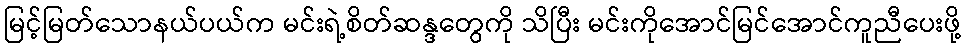
မြင့်မြတ်သောနယ်ပယ်က မင်းရဲ့စိတ်ဆန္ဒတွေကို သိပြီး မင်းကိုအောင်မြင်အောင်ကူညီပေးဖို့